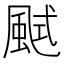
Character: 𩗎